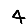
Digit: 4